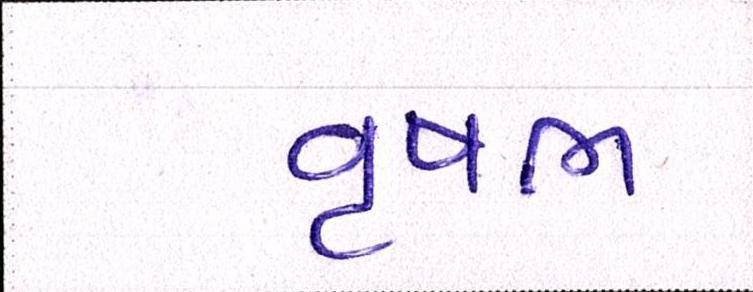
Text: વૃષભ